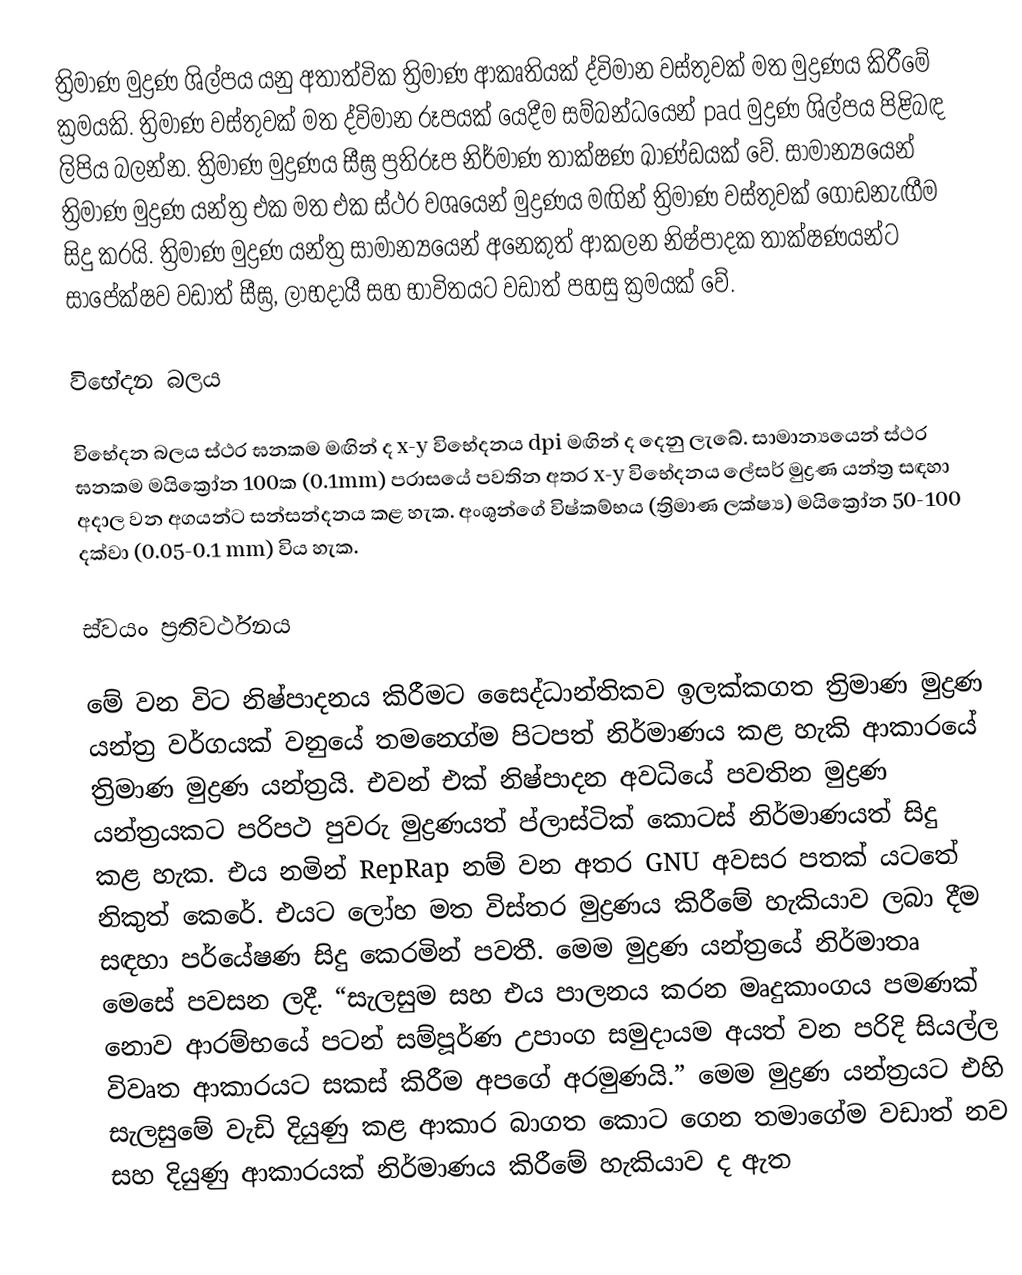
ත්‍රිමාණ මුද්‍රණ ශිල්පය යනු අතාත්වික ත්‍රිමාණ ආකෘතියක් ද්විමාන වස්තුවක් මත මුද්‍රණය කිරීමේ ක්‍රමයකි. ත්‍රිමාණ වස්තුවක් මත ද්විමාන රූපයක් යෙදීම සම්බන්ධයෙන් pad මුද්‍රණ ශිල්පය පිළිබඳ ලිපිය බලන්න. ත්‍රිමාණ මුද්‍රණය සීඝ්‍ර ප්‍රතිරූප නිර්මාණ තාක්ෂණ ඛාණ්ඩයක් වේ. සාමාන්‍යයෙන් ත්‍රිමාණ මුද්‍රණ යන්ත්‍ර එක මත එක ස්ථර වශයෙන් මුද්‍රණය මඟින් ත්‍රිමාණ වස්තුවක් ගොඩනැඟීම සිදු කරයි. ත්‍රිමාණ මුද්‍රණ යන්ත්‍ර සාමාන්‍යයෙන් අනෙකුත් ආකලන නිෂ්පාදක තාක්ෂණයන්ට සාපේක්ෂව වඩාත් සීඝ්‍ර, ලාභදායී සහ භාවිතයට වඩාත් පහසු ක්‍රමයක් වේ.

විභේදන බලය

විභේදන බලය ස්ථර ඝනකම මඟින් ද  x-y විභේදනය dpi මඟින් ද දෙනු ලැබේ. සාමාන්‍යයෙන් ස්ථර ඝනකම මයික්‍රෝන 100ක (0.1mm) පරාසයේ පවතින අතර x-y විභේදනය ලේසර් මුද්‍රණ යන්ත්‍ර සඳහා අදාල වන අගයන්ට සන්සන්දනය කළ හැක. අංශුන්ගේ විෂ්කම්භය (ත්‍රිමාණ ලක්ෂ්‍ය) මයික්‍රෝන 50-100 දක්වා (0.05-0.1 mm) විය හැක.

ස්වයං ප්‍රතිවර්ථනය

මේ වන විට නිෂ්පාදනය කිරීමට සෛද්ධාන්තිකව ඉලක්කගත ත්‍රිමාණ මුද්‍රණ යන්ත්‍ර වර්ගයක් වනුයේ තමන‍්ගේම පිටපත් නිර්මාණය කළ හැකි ආකාරයේ ත්‍රිමාණ මුද්‍රණ යන්ත්‍රයි. එවන් එක් නිෂ්පාදන අවධියේ පවතින මුද්‍රණ යන්ත්‍රයකට පරිපථ පුවරු මුද්‍රණයත් ප්ලාස්ටික් කොටස් නිර්මාණයත් සිදු කළ හැක. එය නමින් ‍RepRap නම් වන අතර GNU අවසර පතක් යටතේ නිකුත් කෙරේ. එයට ලෝහ මත විස්තර මුද්‍රණය කිරීමේ හැකියාව ලබා දීම සඳහා පර්යේෂණ සිදු කෙරමින් පවතී. මෙම මුද්‍රණ යන්ත්‍රයේ නිර්මාතෘ මෙසේ පවසන ලදී. “සැලසුම සහ එය පාලනය කරන මෘදුකාංගය පමණක් නොව ආරම්භයේ පටන් සම්පූර්ණ උපාංග සමුදායම අයත් වන පරිදි සියල්ල විවෘත ආකාරයට සකස් කිරීම අපගේ අරමුණයි.” මෙම මුද්‍රණ යන්ත්‍රයට එහි සැලසුමේ වැඩි දියුණු කළ ආකාර බාගත කොට ගෙන තමාගේම වඩාත් නව සහ දියුණු ආකාරයක් නිර්මාණය කිරීමේ හැකියාව ද ඇත